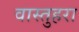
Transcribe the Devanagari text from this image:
वास्तुहरा